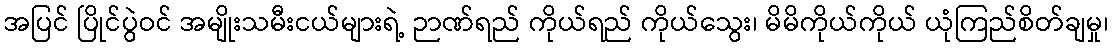
အပြင် ပြိုင်ပွဲဝင် အမျိုးသမီးငယ်များရဲ့ ဉာဏ်ရည် ကိုယ်ရည် ကိုယ်သွေး၊ မိမိကိုယ်ကိုယ် ယုံကြည်စိတ်ချမှု၊